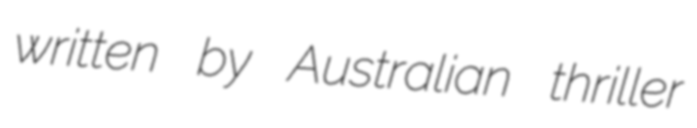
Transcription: written by Australian thriller